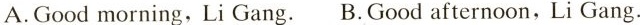
A.Good morning,Li Gang. B.Good afternoon,Li Gang.